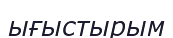
ығыстырым